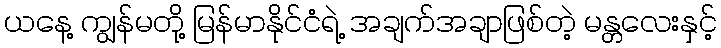
ယနေ့ ကျွန်မတို့ မြန်မာနိုင်ငံရဲ့ အချက်အချာဖြစ်တဲ့ မန္တလေးနှင့်